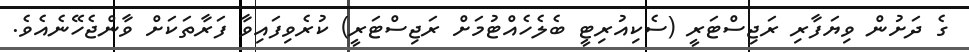
ގެ ދަށުން ވިޔަފާރި ރަޖިސްޓަރީ (ސެކިއުރިޓީ ބެލެހެއްޓުމަށް ރަޖިސްޓަރީ) ކުރެވިފައިވާ ފަރާތަކަށް ވާންޖެހޭނެއެވެ.